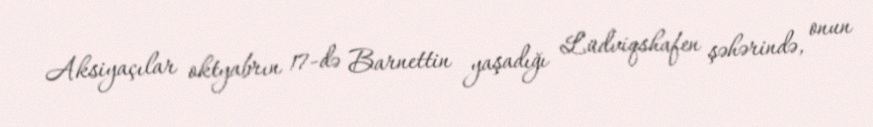
Aksiyaçılar oktyabrın 17-də Barnettin yaşadığı Lüdviqshafen şəhərində, onun